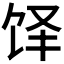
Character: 𬲳